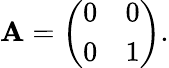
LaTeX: \mathbf{A}={\left(\begin{array}{ll}{0}&{0}\\ {0}&{1}\end{array}\right)}.